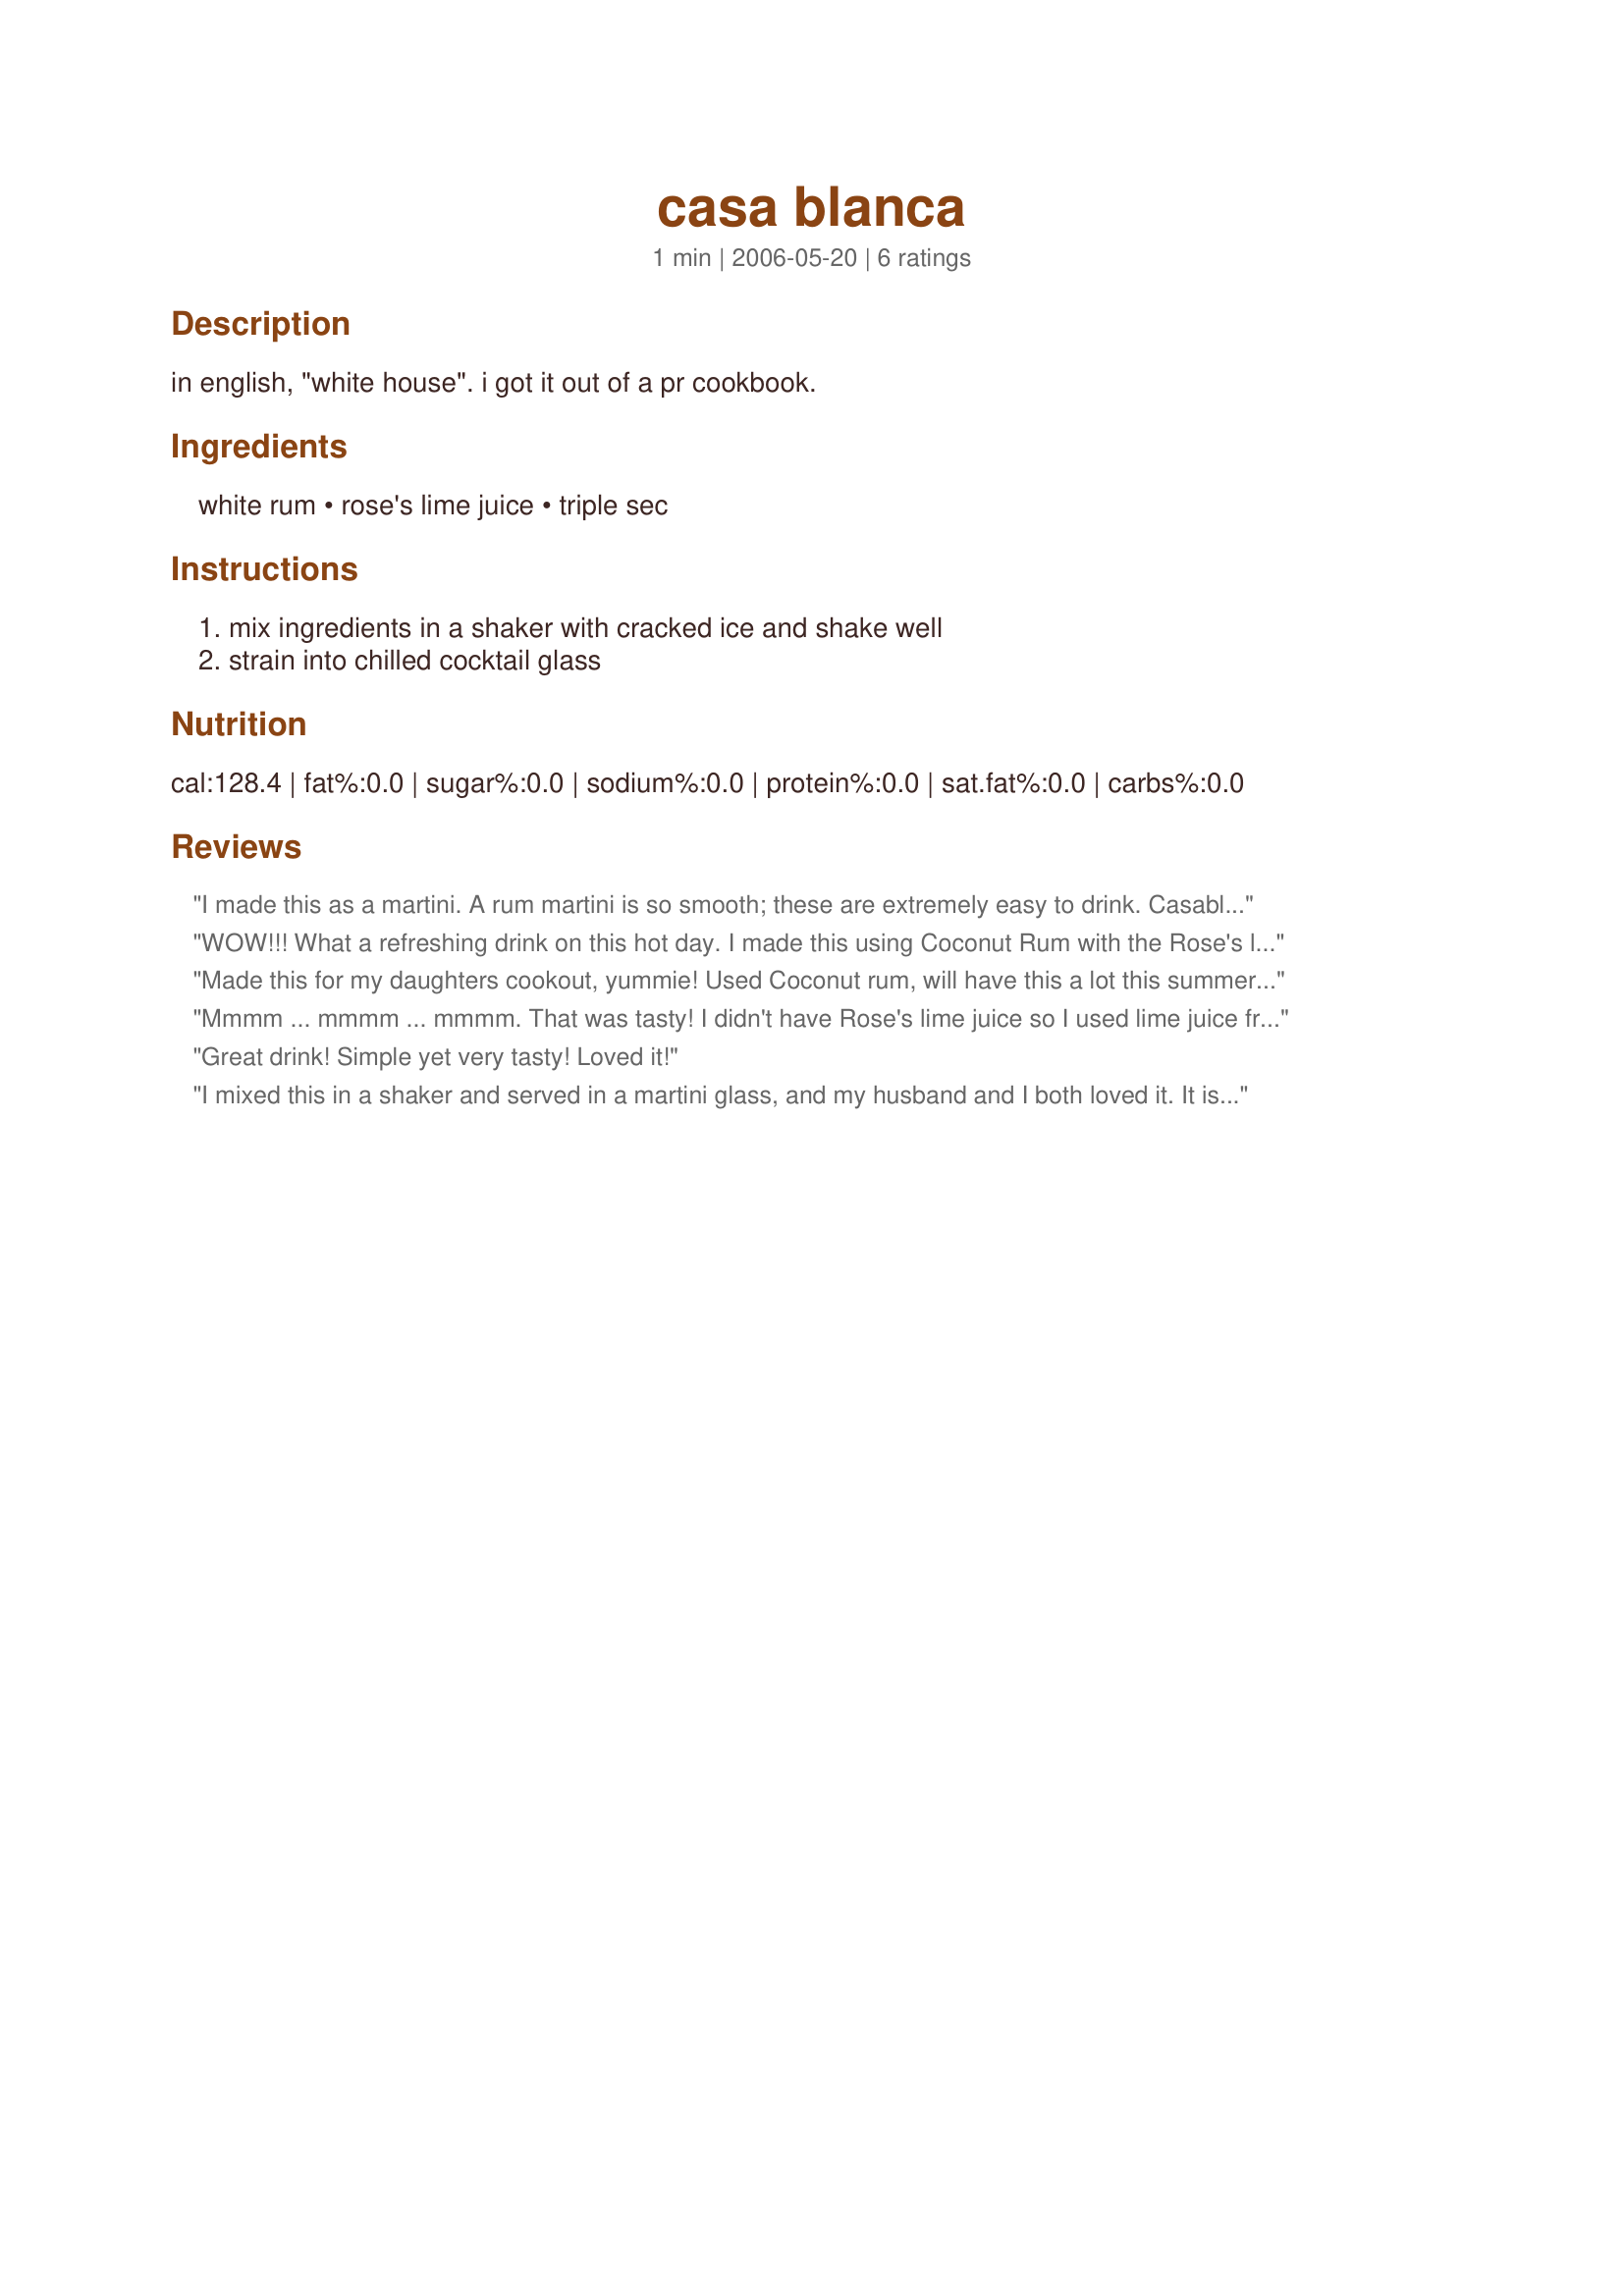
casa blanca
Preparation time: 1 minutes

in english, "white house". i got it out of a pr cookbook.

Ingredients:
white rum, rose's lime juice, triple sec

Steps:
mix ingredients in a shaker with cracked ice and shake well, strain into chilled cocktail glass

Reviews:
I made this as a martini. A rum martini is so smooth; these are extremely easy to drink. Casablanca is my all-time favorite movie; "Here's looking at you, kid!"
WOW!!! What a refreshing drink on this hot day. I made this using Coconut Rum with the Rose's line juice and triple sec and it is just simply a touch of the "tropics"!!!
Made this for my daughters cookout, yummie! Used Coconut rum, will have this a lot this summer...
Mmmm ... mmmm ... mmmm. That was tasty! I didn't have Rose's lime juice so I used lime juice from the fridge and added a packet of Splenda. This was EXCELLENT! Thanks for a great ending to our day!
Great drink! Simple yet very tasty! Loved it!
I mixed this in a shaker and served in a martini glass, and my husband and I both loved it. It is incredibly smooth and delicious. Thanks for sharing this recipe, I'll use it quite often!
